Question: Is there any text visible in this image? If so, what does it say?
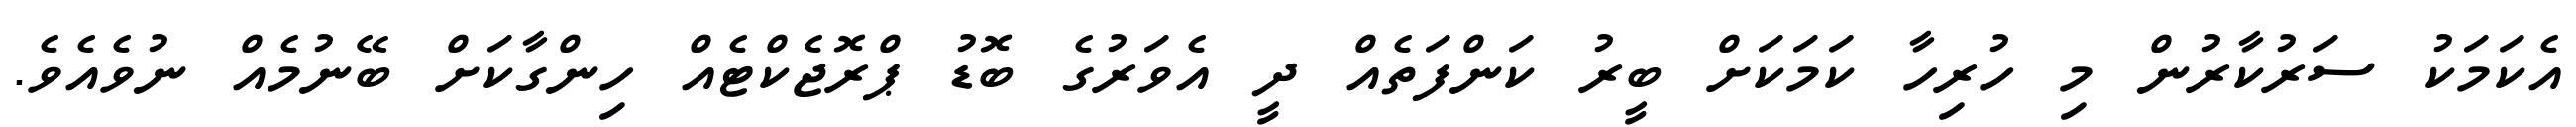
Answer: އެކަމަކު ސަރުކާރުން މި ހުރިހާ ކަމަކަށް ބީރު ކަންފަތެއް ދީ އެވަރުގެ ބޮޑު ޕްރޮޖެކްޓެއް ހިންގާކަށް ބޭނުމެއް ނުވެއެވެ.